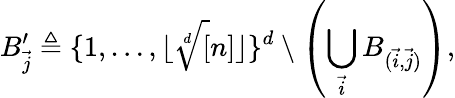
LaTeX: B_{\vec{j}}^{\prime}\triangleq\{ 1,\dots,\lfloor\sqrt[d][n]\rfloor\} ^{d}\setminus\left(\bigcup_{\vec{i}}B_{(\vec{i},\vec{j})}\right),